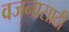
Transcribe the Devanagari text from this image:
वजनासाठी